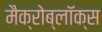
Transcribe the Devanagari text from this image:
मैक्रोब्लॉक्स